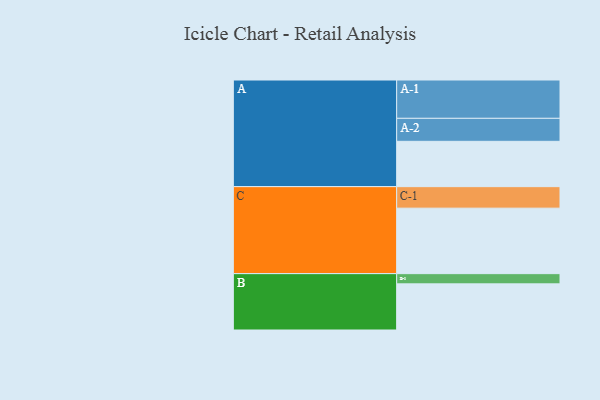
{"axis": {"x": "Segment", "y": "Value"}, "legend": ["", "A", "B", "C"], "data": [{"x": "A", "y": 337, "type": ""}, {"x": "B", "y": 343, "type": ""}, {"x": "C", "y": 487, "type": ""}, {"x": "A-1", "y": 285, "type": "A"}, {"x": "A-2", "y": 171, "type": "A"}, {"x": "B-1", "y": 76, "type": "B"}, {"x": "C-1", "y": 160, "type": "C"}]}